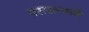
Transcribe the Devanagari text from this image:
पसरल्याने